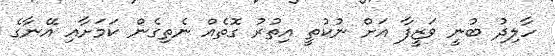
ހާލިދު ބުނީ ވަޒީފާ އަށް ނުކުތީ އިތުރު ގޮތެއް ނެތިގެން ކަމަށާއި އޭނާގެ